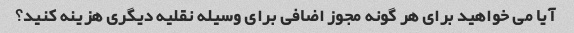
آیا می خواهید برای هر گونه مجوز اضافی برای وسیله نقلیه دیگری هزینه کنید؟